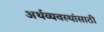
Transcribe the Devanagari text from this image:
अर्थव्यवस्थांसाठी